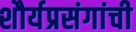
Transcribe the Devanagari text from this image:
शौर्यप्रसंगांची